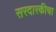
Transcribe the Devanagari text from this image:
सरदारकीचा